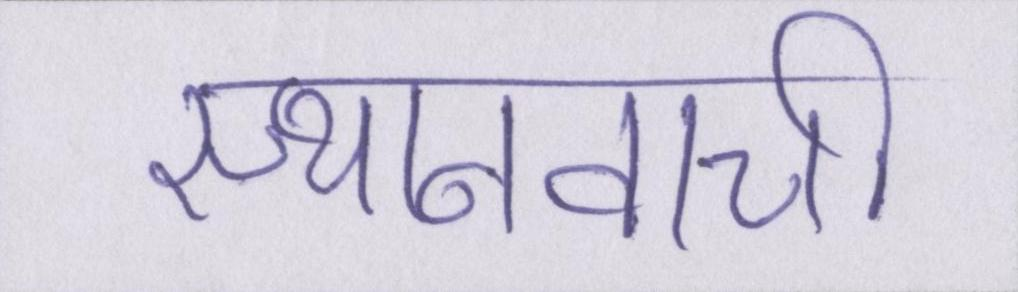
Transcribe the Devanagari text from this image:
स्थानवाची